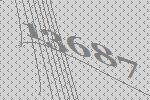
13687